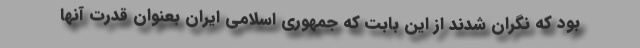
بود که نگران شدند از این بابت که جمهوری اسلامی ایران بعنوان قدرت آنها